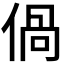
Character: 𠊰